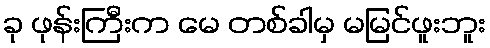
ခု ဖုန်းကြီးက မေ တစ်ခါမှ မမြင်ဖူးဘူး